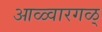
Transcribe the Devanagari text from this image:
आळ्वारगळ्